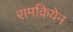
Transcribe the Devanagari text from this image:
रामकियेन